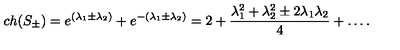
c h ( S _ { \pm } ) = e ^ { ( \lambda _ { 1 } \pm \lambda _ { 2 } ) } + e ^ { - ( \lambda _ { 1 } \pm \lambda _ { 2 } ) } = 2 + { \frac { \lambda _ { 1 } ^ { 2 } + \lambda _ { 2 } ^ { 2 } \pm 2 \lambda _ { 1 } \lambda _ { 2 } } { 4 } } + \dots .